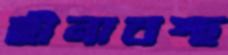
হীনাবস্থ